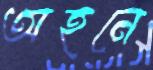
অহনে